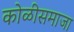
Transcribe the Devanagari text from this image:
कोळीसमाजा